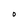
Character: O